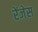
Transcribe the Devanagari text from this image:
रेंजेस